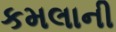
કમલાની